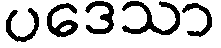
ပဒေသာ